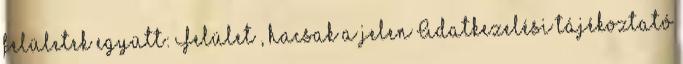
felületek együtt: Felület , hacsak a jelen Adatkezelési tájékoztató